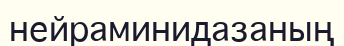
нейраминидазаның